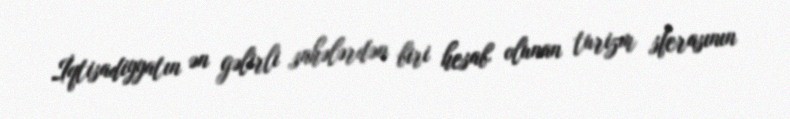
İqtisadiyyatın ən gəlirli sahələrdən biri hesab olunan turizm sferasının